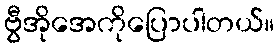
ဗွီအိုအေကိုပြောပါတယ်။